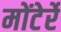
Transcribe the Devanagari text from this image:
मोंटेर्रे